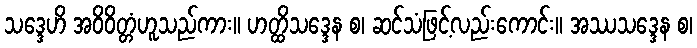
သဒ္ဒေဟိ အဝိဝိတ္တံဟူသည်ကား။ ဟတ္ထိသဒ္ဒေန စ၊ ဆင်သံဖြင့်လည်းကောင်း။ အဿသဒ္ဒေန စ၊